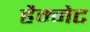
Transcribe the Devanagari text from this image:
हैम्नेट